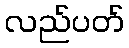
လည်ပတ်